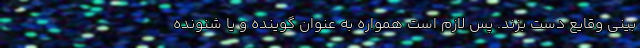
بینی وقایع دست بزند. پس لازم است همواره به عنوان گوینده و یا شنونده